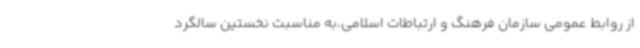
از روابط عمومی سازمان فرهنگ و ارتباطات اسلامی،به مناسبت نخستین سالگرد